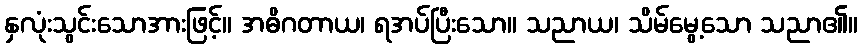
နှလုံးသွင်းသောအားဖြင့်။ အဓိဂတာယ၊ ရအပ်ပြီးသော။ သညာယ၊ သိမ်မွေ့သော သညာ၏။